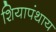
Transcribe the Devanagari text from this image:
शियापंथाय